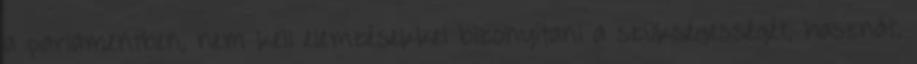
a parlamentben, nem kell elemzésekkel bizonyítani a szükségességét, hasznát.